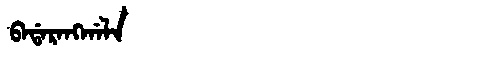
Manchu: ᠪᠠᡩᠠᡵᠠᠩᡤᠠᠯᠠ
Romanization: BADARANGGALA